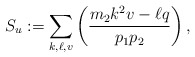
\begin{align*}S_u:=\sum_{k,\ell,v}\left(\dfrac{m_2k^2v-\ell q}{p_1p_2}\right),\end{align*}